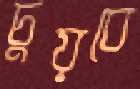
চুয়বে